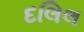
દલિલ